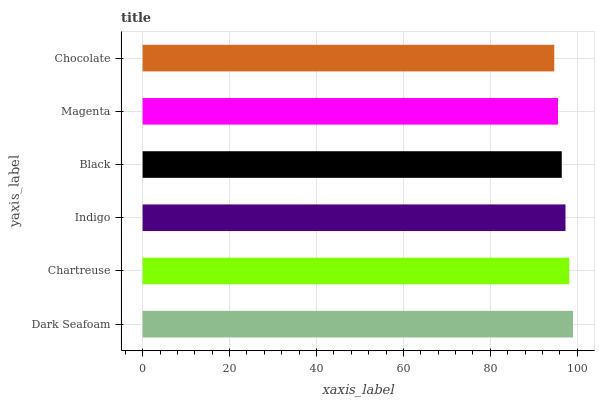
| yaxis_label | bars |
 | --- | --- |
 | Dark Seafoam | 99 |
 | Chartreuse | 98.1 |
 | Indigo | 97.3 |
 | Black | 96.4 |
 | Magenta | 95.6 |
 | Chocolate | 94.7 |